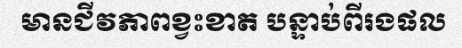
មានជីវភាពខ្វះខាត បន្ទាប់ពីរងផល